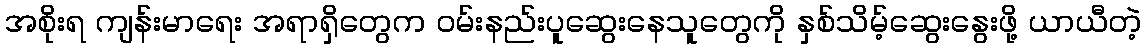
အစိုးရ ကျန်းမာရေး အရာရှိတွေက ဝမ်းနည်းပူဆွေးနေသူတွေကို နှစ်သိမ့်ဆွေးနွေးဖို့ ယာယီတဲ့